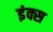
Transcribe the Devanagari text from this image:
इंक्स